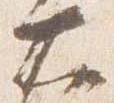
大